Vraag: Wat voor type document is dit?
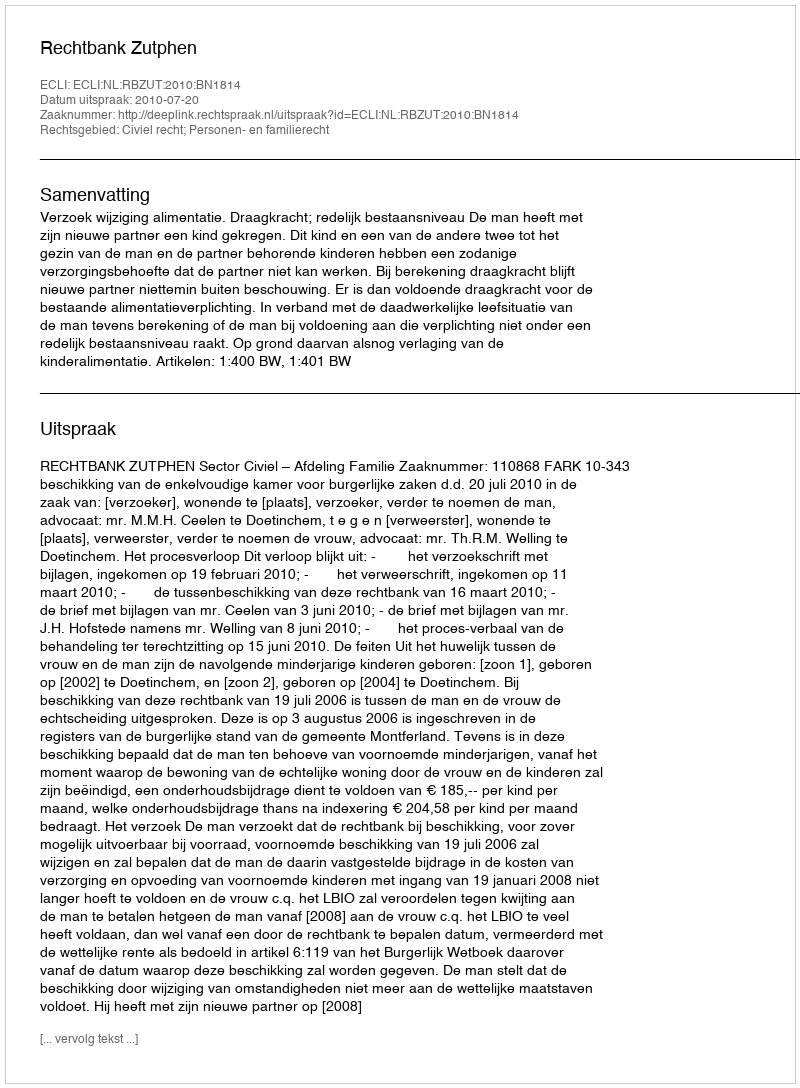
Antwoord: Uitspraak